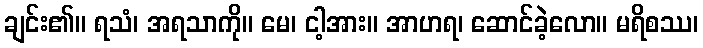
ချင်း၏။ ရသံ၊ အရသာကို။ မေ၊ ငါ့အား။ အာဟရ၊ ဆောင်ခဲ့လော။ မရိစဿ၊